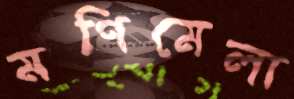
মণিমেলা